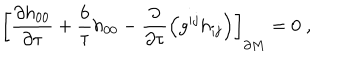
LaTeX: \left[ { \frac { \partial h _ { 0 0 } } { \partial \tau } } + { \frac { 6 } { \tau } } h _ { 0 0 } - { \frac { \partial } { \partial \tau } } \Bigr ( g ^ { i j } h _ { i j } \Bigr ) \right] _ { \partial M } = 0 \; ,